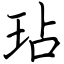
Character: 玷